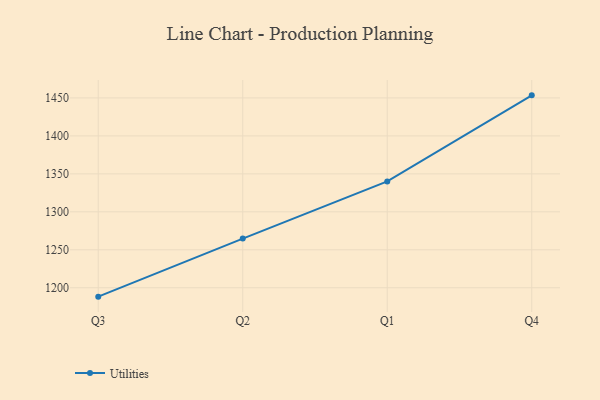
{"axis": {"x": "Quarter", "y": "Latency (ms)"}, "legend": ["Utilities"], "data": [{"x": "Q3", "y": 1188.3, "type": "Utilities"}, {"x": "Q2", "y": 1264.8, "type": "Utilities"}, {"x": "Q1", "y": 1340.0, "type": "Utilities"}, {"x": "Q4", "y": 1453.4, "type": "Utilities"}]}